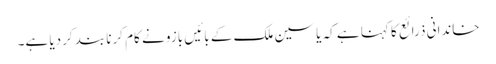
خاندانی ذرائع کا کہنا ہے کہ یاسین ملک کے بائیں بازو نے کام کرنا بند کردیا ہے۔